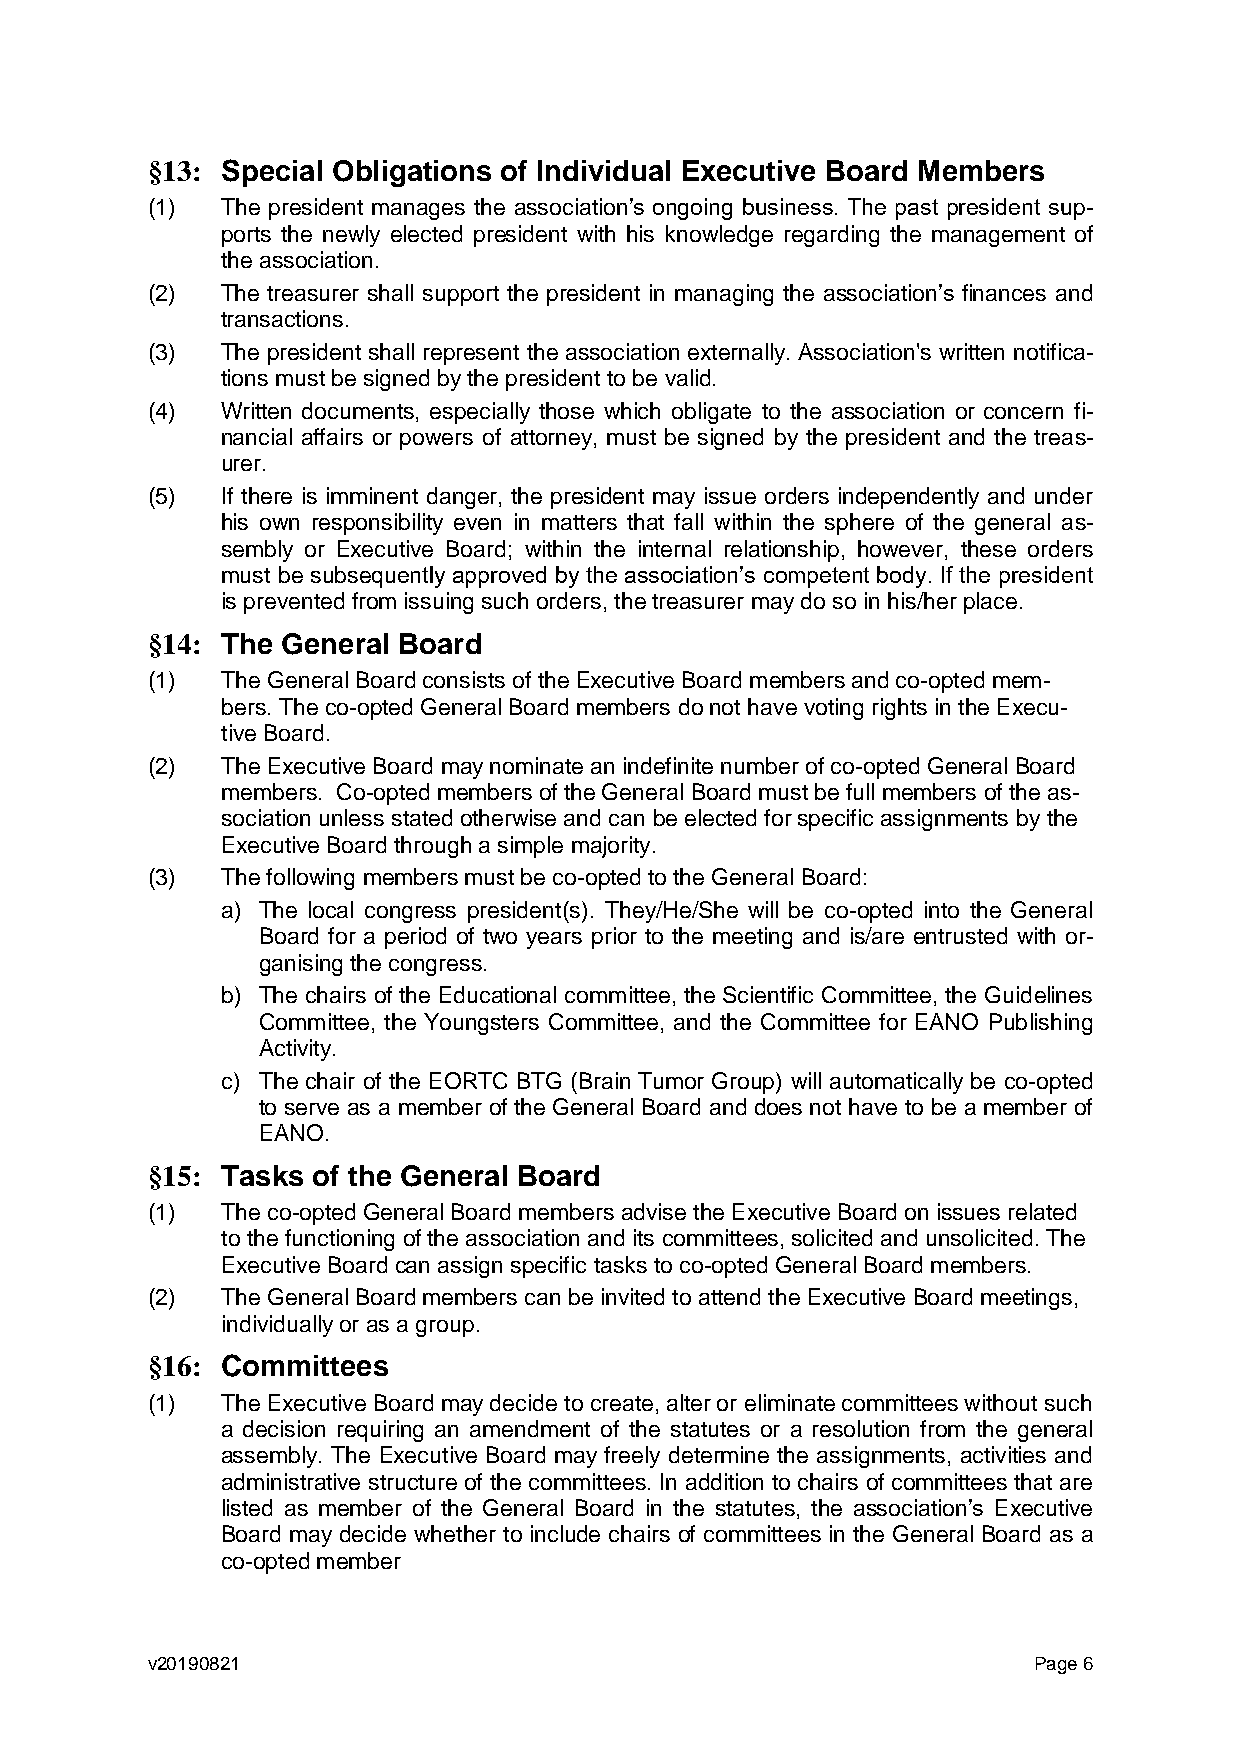
§13: Special Obligations of Individual Executive Board Members
 (1)  The president manages the association’s ongoing business. The past president sup-
 ports the newly elected president with his knowledge regarding the management of
 the association.
 (2)  The treasurer shall support the president in managing the association’s finances and
 transactions.
 (3)  The president shall represent the association externally. Association's written notifica-
 tions must be signed by the president to be valid.
 (4)  Written documents, especially those which obligate to the association or concern fi-
 nancial affairs or powers of attorney, must be signed by the president and the treas-
 urer.
 (5)  If there is imminent danger, the president may issue orders independently and under
 his own responsibility even in matters that fall within the sphere of the general as-
 sembly or Executive Board; within the internal relationship, however, these orders
 must be subsequently approved by the association’s competent body. If the president
 is prevented from issuing such orders, the treasurer may do so in his/her place.
 §14: The General Board
 (1)  The General Board consists of the Executive Board members and co-opted mem-
 bers. The co-opted General Board members do not have voting rights in the Execu-
 tive Board.
 (2)  The Executive Board may nominate an indefinite number of co-opted General Board
 members. Co-opted members of the General Board must be full members of the as-
 sociation unless stated otherwise and can be elected for specific assignments by the
 Executive Board through a simple majority.
 (3)  The following members must be co-opted to the General Board:
 a) The local congress president(s). They/He/She will be co-opted into the General
 Board for a period of two years prior to the meeting and is/are entrusted with or-
 ganising the congress.
 b) The chairs of the Educational committee, the Scientific Committee, the Guidelines
 Committee, the Youngsters Committee, and the Committee for EANO Publishing
 Activity.
 c) The chair of the EORTC BTG (Brain Tumor Group) will automatically be co-opted
 to serve as a member of the General Board and does not have to be a member of
 EANO.
 §15: Tasks of the General Board
 (1)  The co-opted General Board members advise the Executive Board on issues related
 to the functioning of the association and its committees, solicited and unsolicited. The
 Executive Board can assign specific tasks to co-opted General Board members.
 (2)  The General Board members can be invited to attend the Executive Board meetings,
 individually or as a group.
 §16: Committees
 (1)  The Executive Board may decide to create, alter or eliminate committees without such
 a decision requiring an amendment of the statutes or a resolution from the general
 assembly. The Executive Board may freely determine the assignments, activities and
 administrative structure of the committees. In addition to chairs of committees that are
 listed as member of the General Board in the statutes, the association’s Executive
 Board may decide whether to include chairs of committees in the General Board as a
 co-opted member
 v20190821                                                 Page 6